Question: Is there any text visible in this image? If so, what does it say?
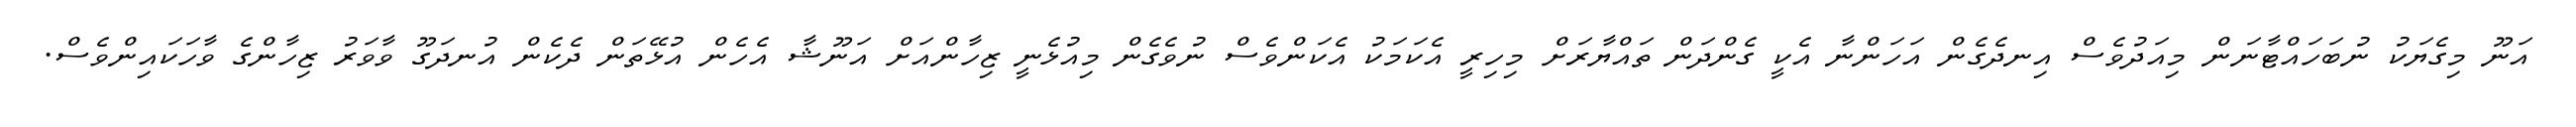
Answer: އަނޫ މިގެޔަކު ނުބަހައްޓާނަން މިއަދުވެސް އިނދެގެން އަހަންނާ އެކީ ގެންދަން ތައްޔާރަށް މިހިރީ އެކަމަކު އެކަންވެސް ނުވެގެން މިއުޅެނީ ޒިހާންއަށް އަނޫޝާ އެހެން އުޅޭތަން ދެކެން އުނދަގޫ ވާވަރު ޒިހާންގެ ވާހަކައިންވެސް.